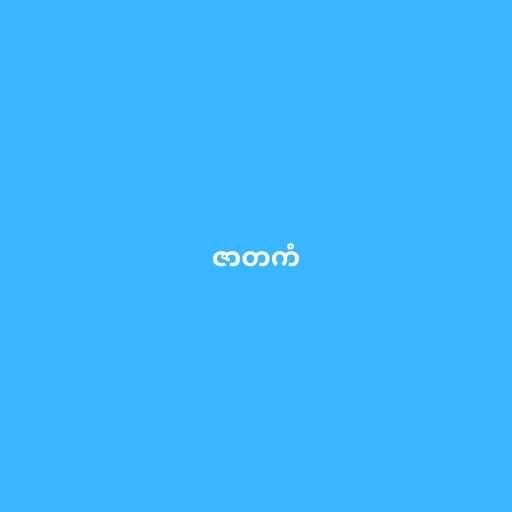
ဇာတကံ